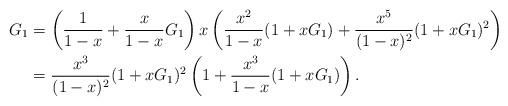
LaTeX: \begin{align*} G_1 &= \left( \frac{1}{1-x} + \frac{x}{1-x}G_1 \right) x \left( \frac{x^2}{1-x}(1+xG_1) + \frac{x^5}{(1-x)^2}(1+xG_1)^2\right) \\&=\frac{x^3}{(1-x)^2}(1+xG_1)^2 \left( 1+ \frac{x^3}{1-x}(1+xG_1)\right).\end{align*}